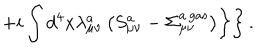
LaTeX: \left. \left. + i \int d ^ { 4 } x \lambda _ { \mu \nu } ^ { a } \left( S _ { \mu \nu } ^ { a } - \Sigma _ { \mu \nu } ^ { a { \, } \mathrm { g a s } } \right) \right\} \right\} .